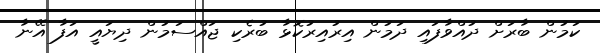
ކަމުން ބާރަށް ދުއްވާފައި ދަމުން އިރުއިރުކޮޅާ ބުރެކި ޖައްސަމުން ދިޔައީ އަފާ އޭނާ